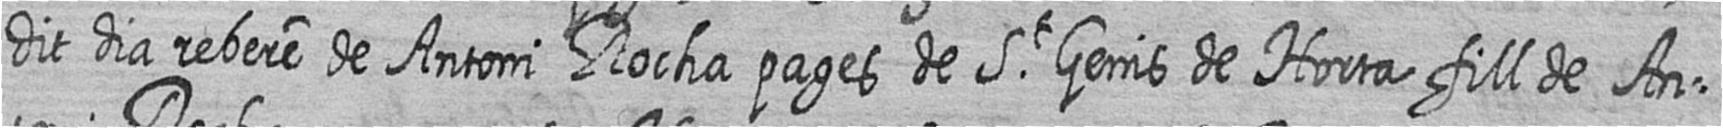
dit dia rebere de Antoni Rocha pages de St Genis de Horta fill de An=